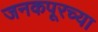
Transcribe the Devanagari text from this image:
जनकपूरच्या